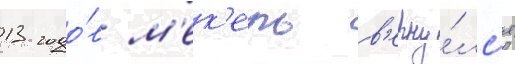
13 годо́в м'ек'ель в'ерну́лс'я